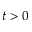
t > 0